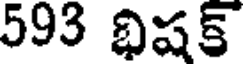
593 భిషక్